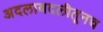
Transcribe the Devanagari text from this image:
अदलाबदलीतूनच